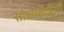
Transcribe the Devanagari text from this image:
सोसाईटीयों